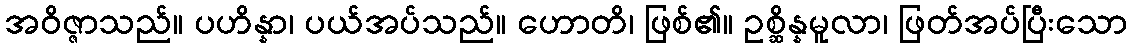
အဝိဇ္ဇာသည်။ ပဟိန္နာ၊ ပယ်အပ်သည်။ ဟောတိ၊ ဖြစ်၏။ ဥစ္ဆိန္နမူလာ၊ ဖြတ်အပ်ပြီးသော